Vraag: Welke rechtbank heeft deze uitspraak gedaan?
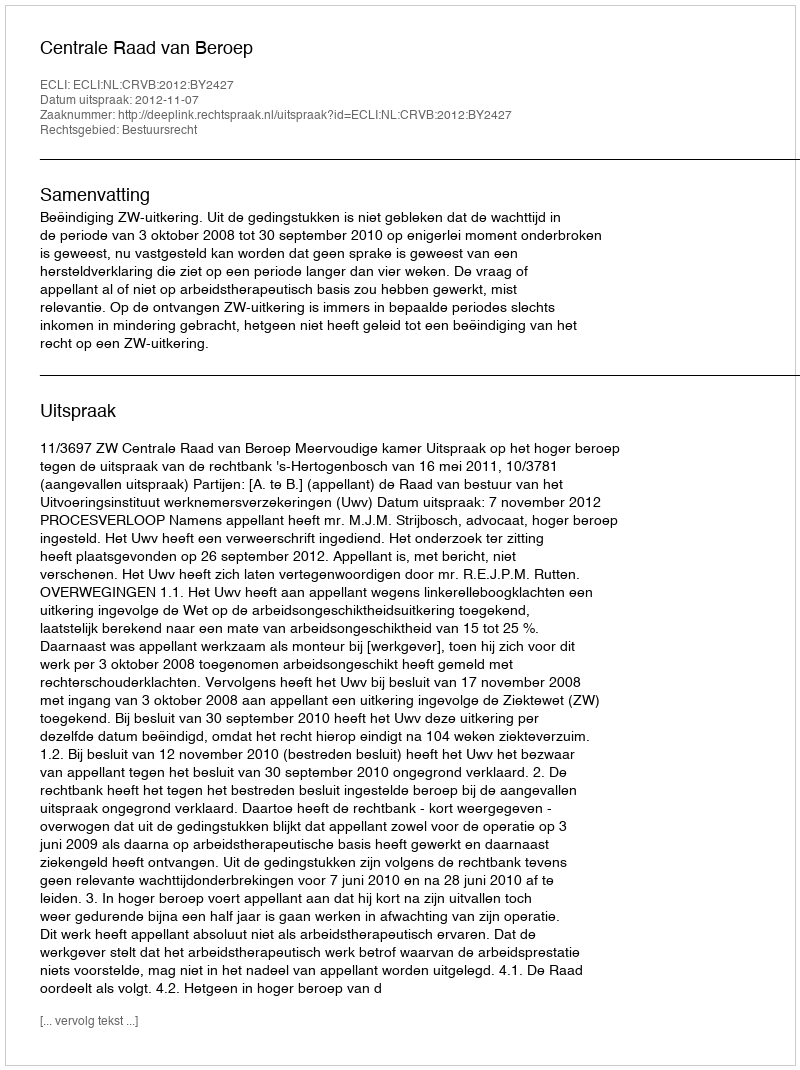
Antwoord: Centrale Raad van Beroep